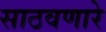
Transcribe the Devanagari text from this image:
साठवणारे